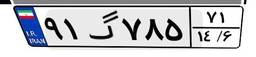
۹۱گ۷۸۵۷۱